Vaccination in the Punjab 1867-1880 - 1867-1880
Year: 1867
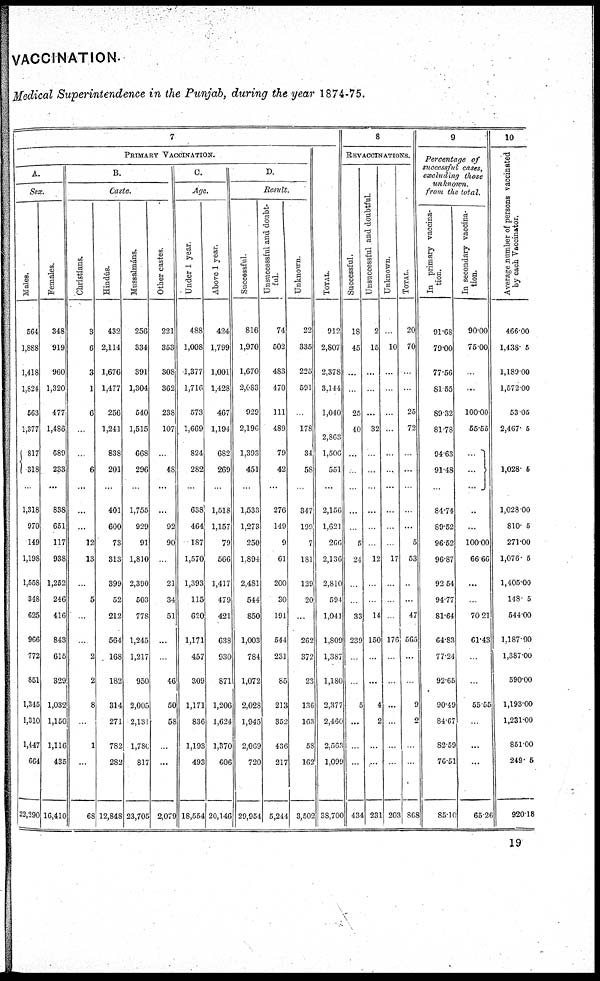
VACCINATION.
Medical Superintendence in the Punjab, during the year 1874-75.
7
PRIMARY VACCINATION.
A.
Sex.
Males.
564
1,888
1,418
1,824
563
1,377
817
318
...
1,318
970
149
1,198
1,558
348
625
966
772
851
1,345
1,310
1,447
664
22,290
Females.
348
919
960
1,320
477
1,486
689
233
...
838
651
117
938
1,252
246
416
843
615
329
1,032
1,150
1,116
435
16,410
B.
Caste.
Christians.
3
6
3
1
6
...
...
6
...
...
...
12
13
...
5
...
...
2
2
8
...
1
...
68
Hindús.
432
2,114
1,676
1,477
256
1,241
838
201
...
401
600
73
313
399
52
212
564
168
182
314
271
782
282
12,848
Mussalmáns.
256
334
391
1,304
540
1,515
668
296
...
1,755
929
91
1,810
2,390
503
778
1,245
1,217
950
2,005
2,131
l,780
817
23,705
Other castes.
221
353
308
362
238
107
...
48
...
...
92
90
...
21
34
51
...
...
46
50
58
...
...
2,079
C.
Age.
Under 1 year.
488
1,008
1,377
1,716
573
1,669
824
282
...
638
464
187
1,570
1,393
115
620
1,171
457
309
1,171
836
1,193
493
18,554
Above 1 year.
424
1,799
1,001
1,428
467
1,194
682
269
...
1,518
1,157
79
566
1,417
479
421
638
930
871
1,206
1,624
1,370
606
20,146
D.
Result.
Successful.
816
1,970
1,670
2,083
929
2,196
1,393
451
...
1,533
1,273
250
1.894
2,481
544
850
1,003
784
1,072
2,028
1,945
2,069
720
29,954
Unsuccessful and doubt-
ful.
74
502
483
470
111
489
79
42
...
276
149
9
61
200
30
191
544
231
85
213
352
436
217
5,244
Unknown.
22
335
225
591
...
178
34
58
...
347
199
7
181
129
20
...
262
372
23
136
163
58
162
3,502
TOTAL.
912
2,807
2,378
3,144
1,040
2,863
1,506
551
...
2,156
1,621
266
2,136
2,810
594
1,041
1,809
1,387
1,180
2,377
2,460
2,563
1,099
38,700
8
REVACCINATIONS.
Successful.
18
45
...
...
25
40
...
...
...
...
...
5
24
...
...
33
239
...
...
5
...
...
...
434
Unsuccessful and doubt f ul .
2
15
...
...
...
32
...
...
...
...
...
...
12
...
...
14
150
...
...
4
2
...
...
231
Unknown.
...
10
...
...
...
...
...
...
...
...
...
...
17
...
...
...
176
...
...
...
...
...
...
203
Total.
20
70
...
...
25
72
...
...
...
...
...
5
53
...
...
47
565
...
...
9
2
...
...
868
9
Percentage of
successful cases,
excluding those
unknown.
from the total.
In primary vaccina-
tion.
91.68
79.00
77.56
81.55
89.32
81.78
94.63
91.48
...
84.74
89.52
96.52
96.87
92.54
94.77
81.64
64.83
77.24
92.65
90.49
84.67
82.59
76.51
85.10
In secondary vaccina-
tion.
90.00
75.00
...
...
100.00
55.55
...
... ...
...
...
100.00
66.66
...
...
70.21
61.43
...
...
55.55
...
...
...
65.26
10
Average number of persons vaccinated
by each Vaccinator.
466.00
1,438.5
1,189.00
1,572.00
53.05
2,467.5
1,028.5
1,028.00
810.5
271.00
1,076. 5
1,405.00
148.5
544.00
1,187.00
1,387.00
590.00
1,193.00
1,231.00
851.00
249. 5
920.18
19